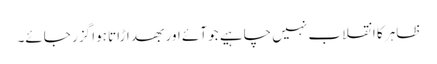
ظاہر کا انقلاب نہیں چاہیے جو آئے اور بھد اڑاتا ہوا گزر جائے۔